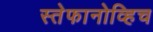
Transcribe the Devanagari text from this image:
स्तेफानोव्हिच